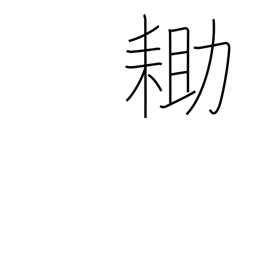
Meaning: spade